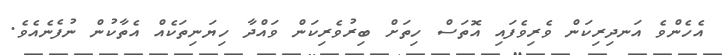
އެހެންވެ އަނދިރިކަން ވެރިވެފައި އޮތަސް ހިތަށް ބިރުވެރިކަން ވައްދާ ހިޔަނިތަކެއް އެތާކުން ނުފެނެއެވެ.